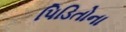
પિડિતોના